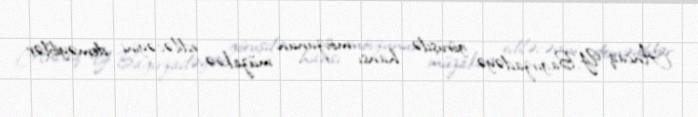
Ancaq Y.Bağırzadəyə görüşdə hansı mövzunun müzakirə ediləcəyini deməyiblər: